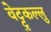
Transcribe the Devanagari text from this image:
वेट्टुकल्लु